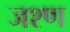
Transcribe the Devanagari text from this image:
जश्ण